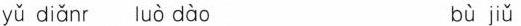
yǔ diǎnr uò dào bù jiǔ